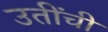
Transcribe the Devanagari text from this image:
उतींची